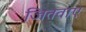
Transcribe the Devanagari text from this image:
जितवाए